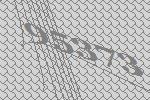
95373